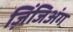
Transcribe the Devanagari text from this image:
ज़िंजिअंग